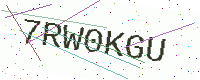
Text: 7RW0KGU